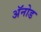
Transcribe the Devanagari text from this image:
अॅनोड